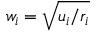
w _ { i } = \sqrt { u _ { i } / r _ { i } }